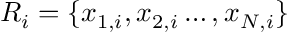
R _ { i } = \{ x _ { 1 , i } , x _ { 2 , i } \ldots , x _ { N , i } \}